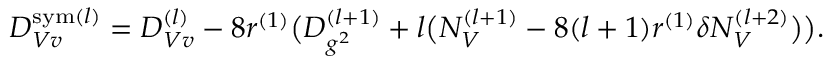
{ \cal D } _ { V v } ^ { \mathrm { s y m } ( l ) } = { \cal D } _ { V v } ^ { ( l ) } - 8 r ^ { ( 1 ) } \bigl ( { \cal D } _ { g ^ { 2 } } ^ { ( l + 1 ) } + l \big ( { \cal N } _ { V } ^ { ( l + 1 ) } - 8 ( l + 1 ) r ^ { ( 1 ) } \delta { \cal N } _ { V } ^ { ( l + 2 ) } \big ) \bigr ) .